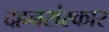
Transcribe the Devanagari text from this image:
दहनसंस्कार